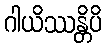
ဂါယိဿန္တိပိ